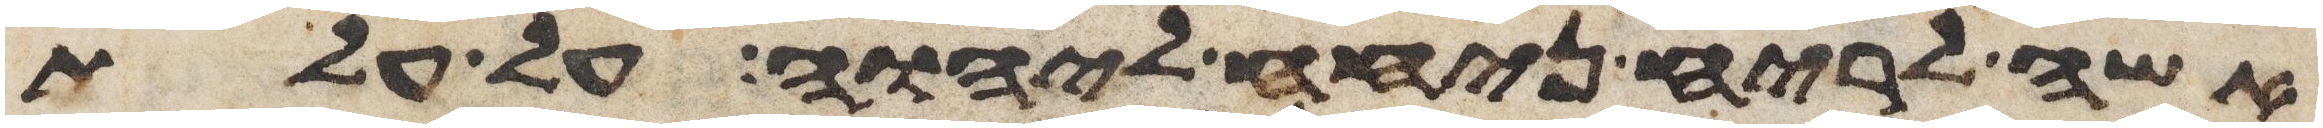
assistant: אשה לריח ניחח ליהוה על עלת